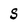
Character: S